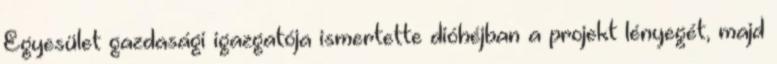
Egyesület gazdasági igazgatója ismertette dióhéjban a projekt lényegét, majd